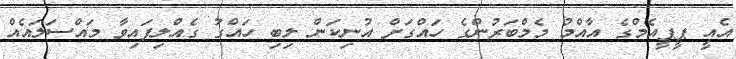
އެއީ ޕީޕީއެމްގެ އާއްމު މެމްބަރުންގެ ހައްގަށް އުނިކަން ލިބި ހައްގު ގެއްލިފައިވާ މައްސަލައެއް